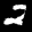
Label: 2